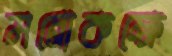
মনোকক্ষে